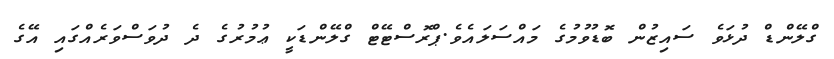
ގްލޭންޑް ދުޅަވެ ސައިޒުން ބޮޑުވުމުގެ މައްސަލައެވެ.ޕްރޮސްޓޭޓް ގްލޭންޑަކީ ޢުމުރުގެ ދެ ދުވަސްވަރެއްގައި އޭގެ